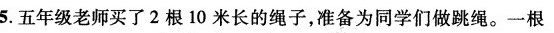
5.五年级老师买了2根10米长的绳子，准备为同学们做跳绳。一根